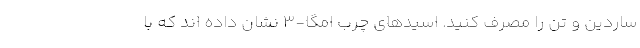
ساردین و تن را مصرف کنید. اسیدهای چرب امگا-3 نشان داده اند که با